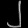
Digit: ၂